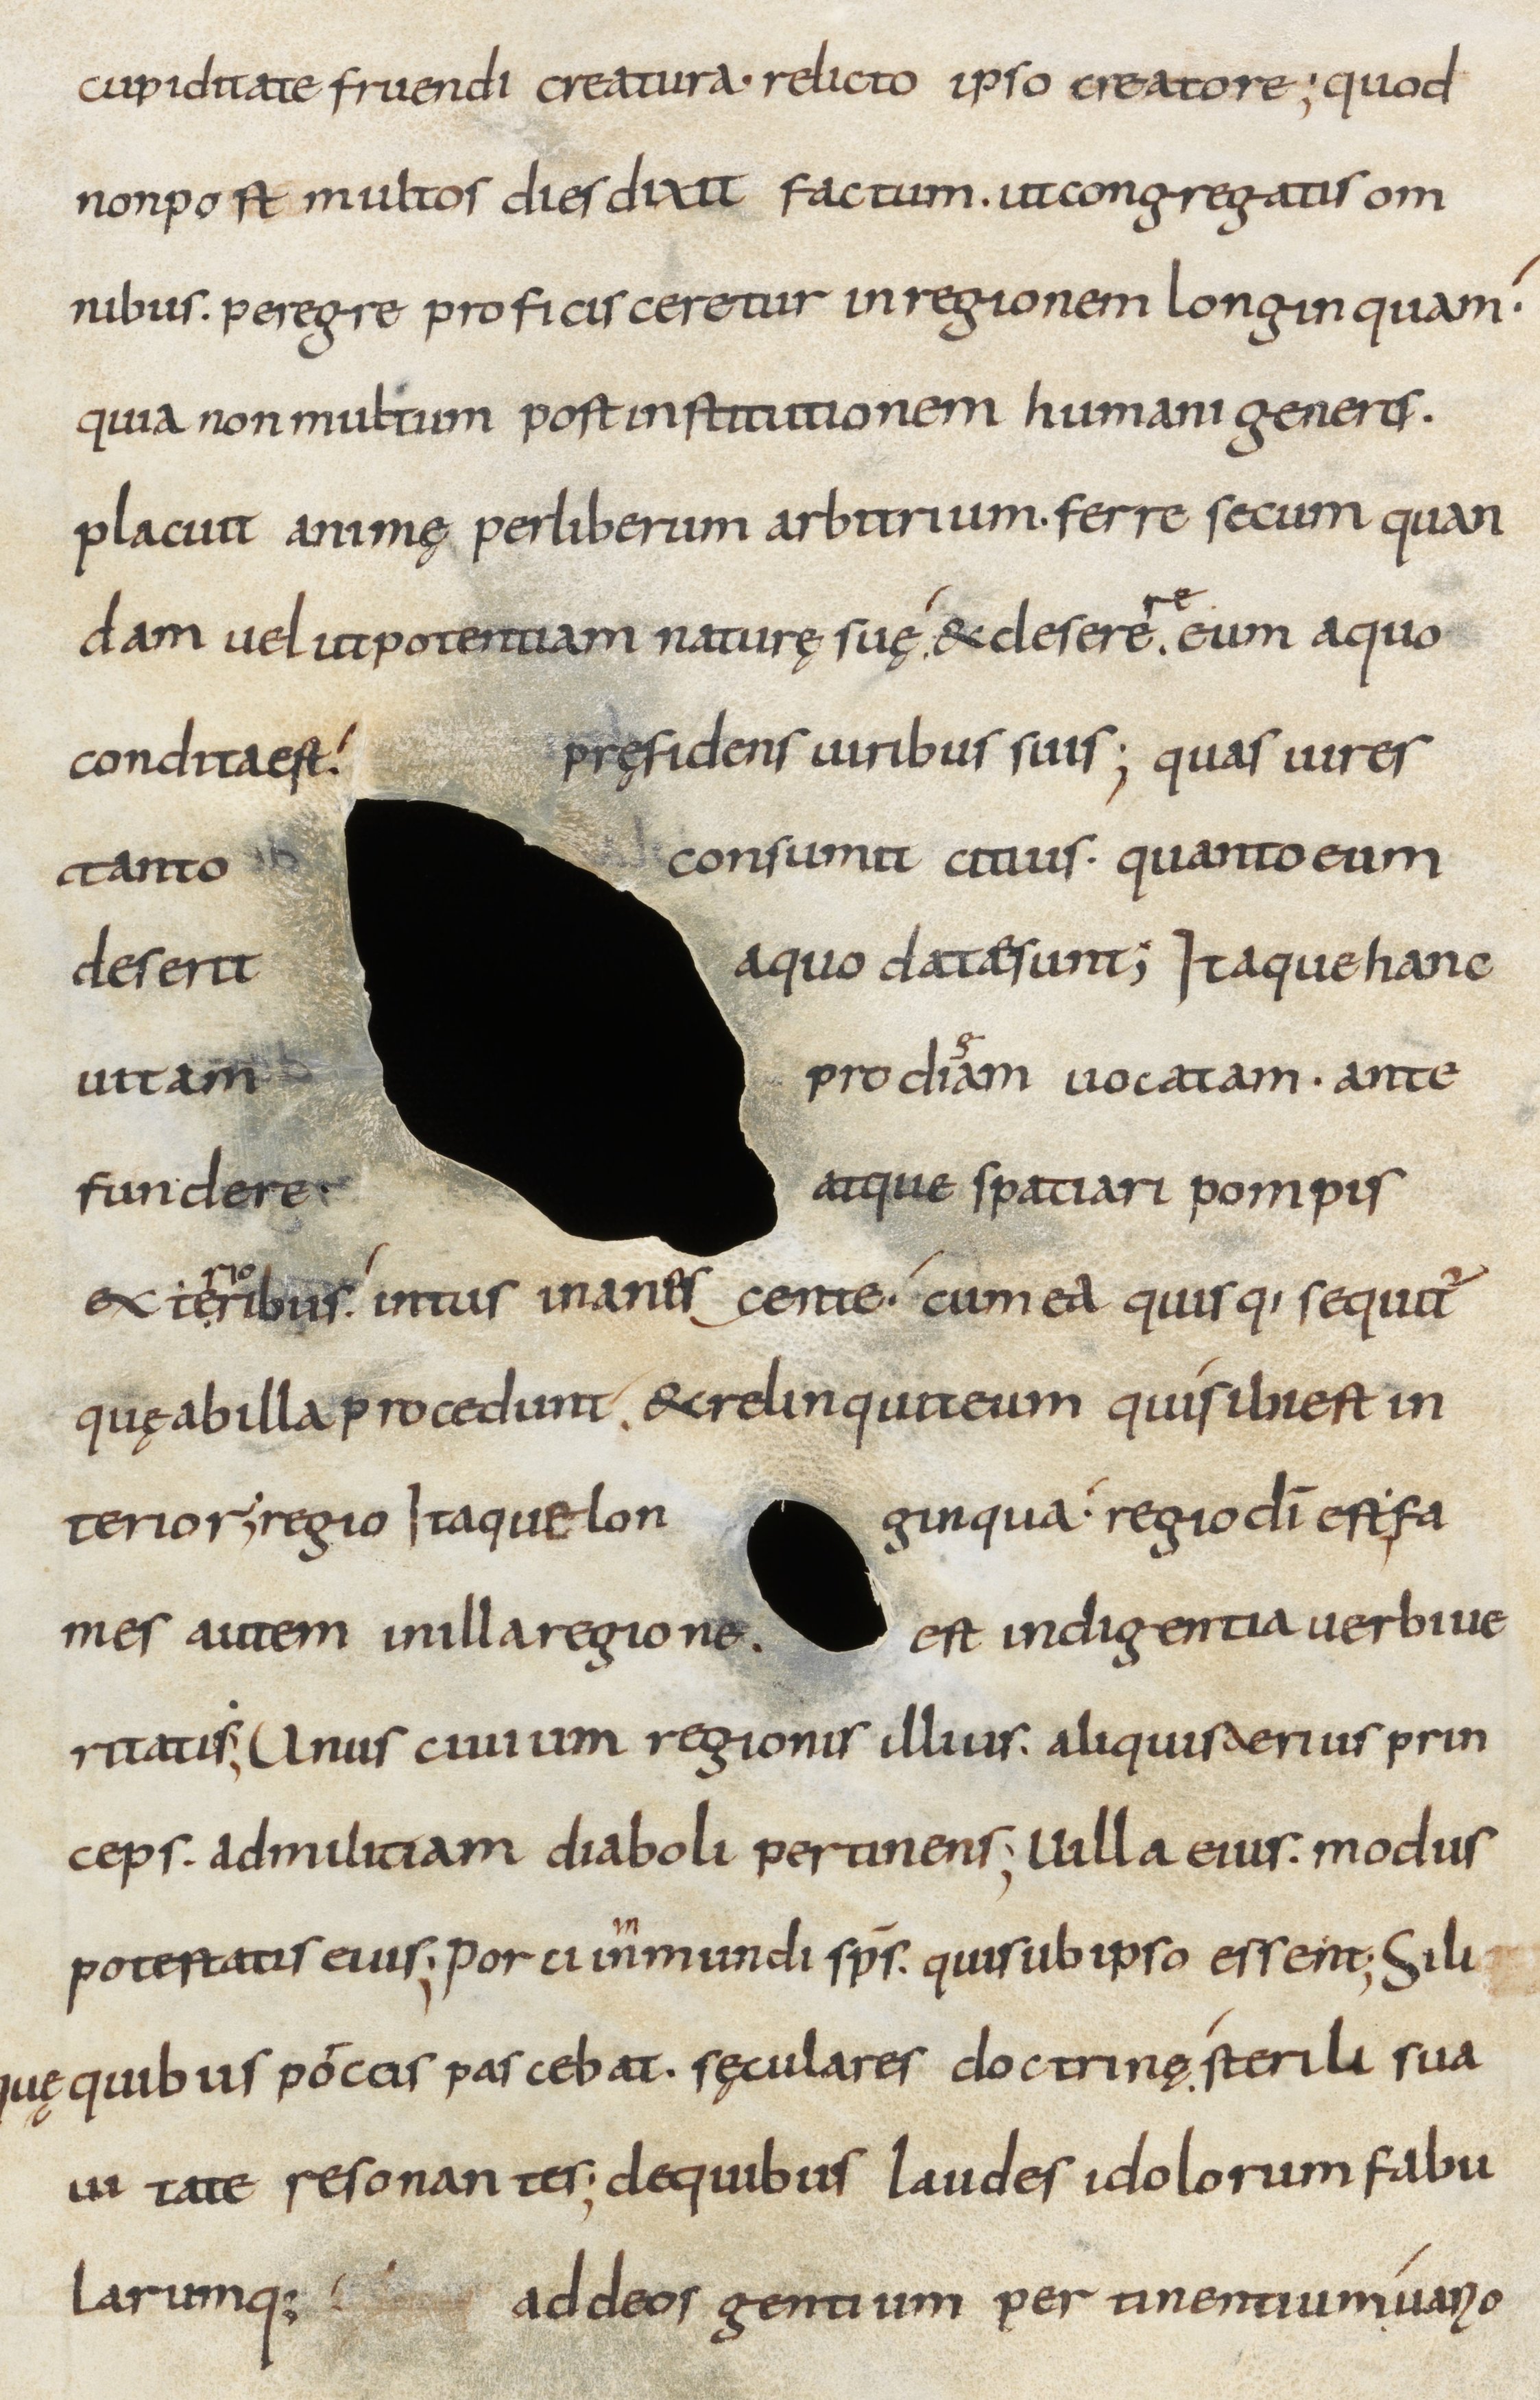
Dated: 800–899